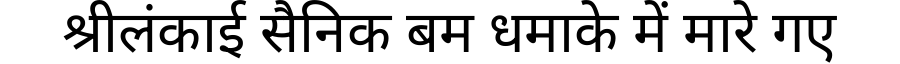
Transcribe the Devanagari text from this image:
श्रीलंकाई सैनिक बम धमाके में मारे गए